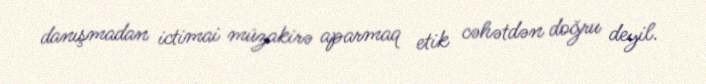
danışmadan ictimai müzakirə aparmaq etik cəhətdən doğru deyil.